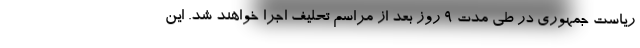
ریاست جمهوری در طی مدت ۹ روز بعد از مراسم تحلیف اجرا خواهند شد. این